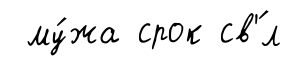
му́жа срок св'́л